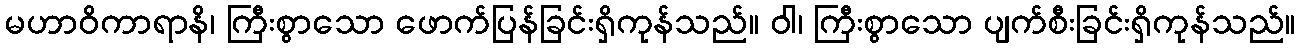
မဟာဝိကာရာနိ၊ ကြီးစွာသော ဖောက်ပြန်ခြင်းရှိကုန်သည်။ ဝါ၊ ကြီးစွာသော ပျက်စီးခြင်းရှိကုန်သည်။